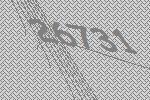
26731